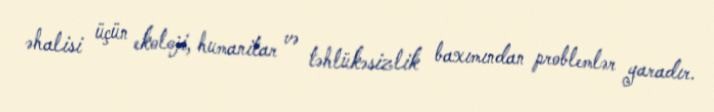
əhalisi üçün ekoloji, humanitar və təhlükəsizlik baxımından problemlər yaradır.